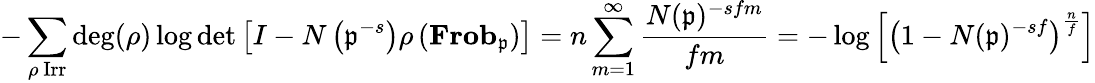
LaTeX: -\sum_{\rho{\mathrm{~Irr}}}\deg(\rho)\log\operatorname*{det}\left[I-N\left({\mathfrak{p}}^{-s}\right)\rho\left(\mathbf{Frob}_{\mathfrak{p}}\right)\right]=n\sum_{m=1}^{\infty}{\frac{N({\mathfrak{p}})^{-sfm}}{fm}}=-\log\left[\left(1-N({\mathfrak{p}})^{-sf}\right)^{\frac{n}{f}}\right]